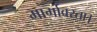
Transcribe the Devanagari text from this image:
मार्गावरता।